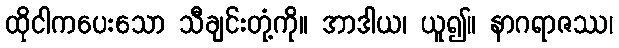
ထိုငါကပေးသော သီချင်းတုံ့ကို။ အာဒါယ၊ ယူ၍။ နာဂရာဇဿ၊